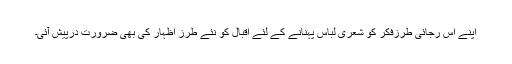
اپنے اس رجائی طرزِفكر كو شعری لباس پہنانے كے لئے اقبال كو نئے طرزِ اظہار كی بھی ضرورت درپیش آئی۔